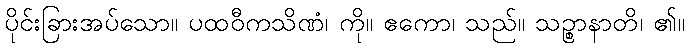
ပိုင်းခြားအပ်သော။ ပထဝီကသိဏံ၊ ကို။ ဧကော၊ သည်။ သဉ္စာနာတိ၊ ၏။